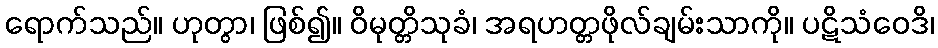
ရောက်သည်။ ဟုတွာ၊ ဖြစ်၍။ ဝိမုတ္တိသုခံ၊ အရဟတ္တဖိုလ်ချမ်းသာကို။ ပဋိသံဝေဒိ၊